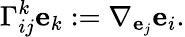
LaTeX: \Gamma_{ij}^{k}\mathbf{e}_{k}:=\nabla_{\mathbf{e}_{j}}\mathbf{e}_{i}.